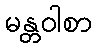
မန္တဝါစာ